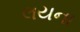
લયના